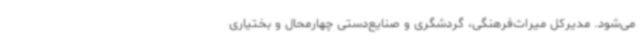
می‌شود. مدیرکل میراث‌فرهنگی، گردشگری و صنایع‌دستی چهارمحال و بختیاری